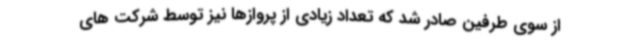
از سوی طرفین صادر شد که تعداد زیادی از پروازها نیز توسط شرکت های